Report of the Indian Hemp Drugs Commission, 1894-1895 - Volume III
Year: 1894
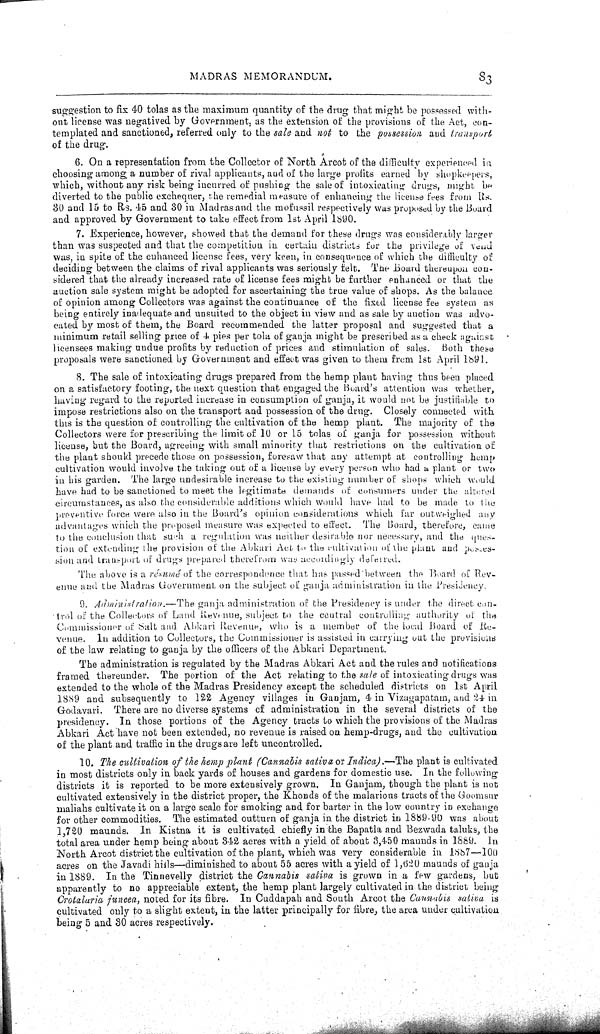
MADRAS MEMORANDUM.
83
suggestion to fix 40 tolas as the maximum quantity of the drug that might be possessed with-
out license was negatived by Government, as the extension of the provisions of the Act, con-
templated and sanctioned, referred only to the sale and not to the possession and transport
of the drug.
6. On a representation from the Collector of North Arcot of the difficulty experienced in
choosing among a number of rival applicants, and of the large profits earned by shopkeepers,
which, without any risk being incurred of pushing the sale of intoxicating drugs, might be
diverted to the public exchequer, the remedial measure of enhancing the license fees from Rs.
30 and 15 to Rs. 45 and 30 in Madras and the mofussil respectively was proposed by the Board
and approved by Government to take effect from 1st April 1890.
7. Experience, however, showed that the demand for these drugs was considerably larger
than was suspected and that the competition in certain districts for the privilege of vend
was, in spite of the enhanced license fees, very keen, in consequence of which the difficulty of
deciding between the claims of rival applicants was seriously felt. The Board thereupon con-
sidered that the already increased rate of license fees might be further enhanced or that the
auction sale system might be adopted for ascertaining the true value of shops. As the balance
of opinion among Collectors was against the continuance of the fixed license fee system as
being entirely inadequate and unsuited to the object in view and as sale by auction was advo-
cated by most of them, the Board recommended the latter proposal and suggested that a
minimum retail selling price of 4 pies per tola of ganja might be prescribed as a check against
licensees making undue profits by reduction of prices and stimulation of sales. Both these
proposals were sanctioned by Government and effect was given to them from 1st April 1891.
8. The sale of intoxicating drugs prepared from the hemp plant having thus been placed
on a satisfactory footing, the next question that engaged the Board's attention was whether,
having regard to the reported increase in consumption of ganja, it would not be justifiable to
impose restrictions also on the transport and possession of the drug. Closely connected with
this is the question of controlling the cultivation of the hemp plant. The majority of the
Collectors were for prescribing the limit of 10 or 15 tolas of ganja for possession without
license, but the Board, agreeing with small minority that restrictions on the cultivation of
the plant should precede those on possession, foresaw that any attempt at controlling hemp
cultivation would involve the taking out of a license by every person who had a plant or two
in his garden. The large undesirable increase to the existing number of shops which would
have had to be sanctioned to meet the legitimate demands of consumers under the altered
circumstances, as also the considerable additions which would have had to be made to the
preventive force were also in the Board's opinion considerations which far outweighed any
advantages which the proposed measure was expected to effect. The Board, therefore, came
to the conclusion that such a regulation was neither desirable nor necessary, and the ques-
tion of extending the provision of the Abkari Act to the cultivation of the plant and posses-
sion and transport of drugs prepared therefrom was accordingly deferred.
The above is a résumé of the correspondence that has passed between the Board of Rev-
enue and the Madras Government on the subject of ganja administration in the Presidency.
9. Administration.—The ganja administration of the Presidency is under the direct con-
trol of the Collectors of Land Revenue, subject to the central controlling authority of the
Commissioner of Salt and Abkari Revenue, who is a member of the local Board of Re-
venue. In addition to Collectors, the Commissioner is assisted in carrying out the provisions
of the law relating to ganja by the officers of the Abkari Department.
The administration is regulated by the Madras Abkari Act and the rules and notifications
framed thereunder. The portion of the Act relating to the sale of intoxicating drugs was
extended to the whole of the Madras Presidency except the scheduled districts on 1st April
1889 and subsequently to 122 Agency villages in Ganjam, 4 in Vizagapatam, and 24 in
Godavari. There are no diverse systems of administration in the several districts of the
presidency. In those portions of the Agency tracts to which the provisions of the Madras
Abkari Act have not been extended, no revenue is raised on hemp-drugs, and the cultivation
of the plant and traffic in the drugs are left uncontrolled.
10. The cultivation of the hemp plant (Cannabis sativa or Indica)—The plant is cultivated
in most districts only in back yards of houses and gardens for domestic use. In the following
districts it is reported to be more extensively grown. In Ganjam, though the plant is not
cultivated extensively in the district proper, the Khonds of the malarious tracts of the Goomsur
maliahs cultivate it on a large scale for smoking and for barter in the low country in exchange
for other commodities. The estimated outturn of ganja in the district in 1889-90 was about
1,720 maunds. In Kistna it is cultivated chiefly in the Bapatla and Bezwada taluks, the
total area under hemp being about 342 acres with a yield of about 3,450 maunds in 1889. In
North Arcot district the cultivation of the plant, which was very considerable in 1887—100
acres on the Javadi hiils—diminished to about 55 acres with a yield of 1,620 maunds of ganja
in 1889. In the Tinnevelly district the Cannabis sativa is grown in a few gardens, but
apparently to no appreciable extent, the hemp plant largely cultivated in the district being
Crotalaria juncea, noted for its fibre. In Cuddapah and South Arcot the Cannabis sativa is
cultivated only to a slight extent, in the latter principally for fibre, the area under cultivation
being 5 and 30 acres respectively.